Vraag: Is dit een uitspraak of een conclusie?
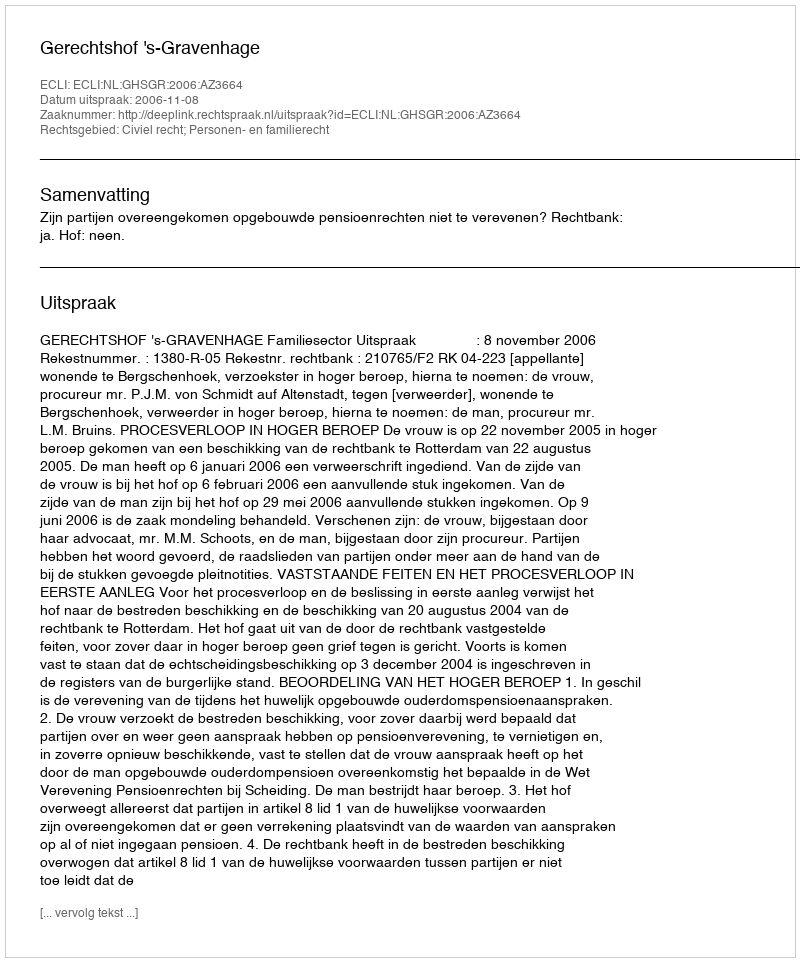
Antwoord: Uitspraak